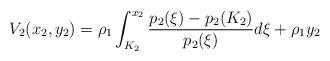
LaTeX: \begin{align*}\begin{aligned}V_2(x_2,y_2) =\rho_1 \int^{x_2}_{K_2} \frac{p_2(\xi)-p_2(K_2)}{p_2(\xi)}d\xi + \rho_1y_2\end{aligned}\end{align*}